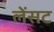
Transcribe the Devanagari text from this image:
लेंसट